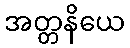
အတ္တနိယေ